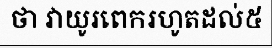
ថា វាយូរពេករហូតដល់៥